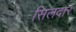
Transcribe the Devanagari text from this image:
सिलदार